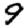
Digit: 9